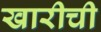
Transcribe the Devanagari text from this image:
खारीची